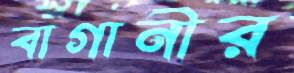
বাগানীর